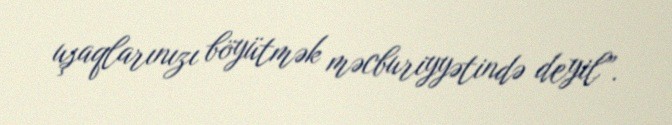
uşaqlarınızı böyütmək məcburiyyətində deyil”.